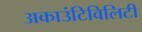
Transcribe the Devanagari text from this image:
अकाउंटिविलिटी